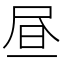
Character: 昼